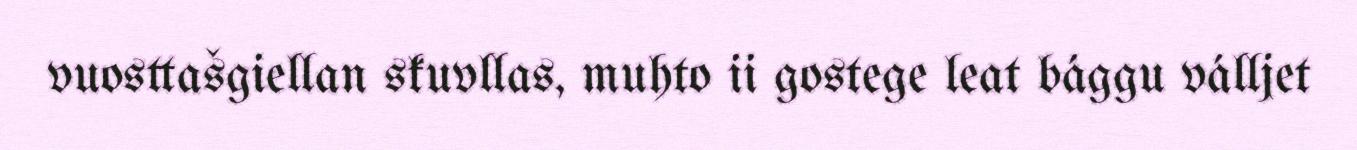
vuosttašgiellan skuvllas, muhto ii gostege leat bággu válljet